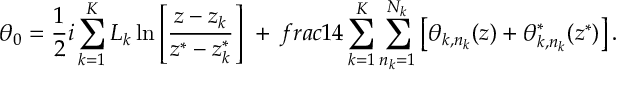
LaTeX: \theta _ { 0 } = \frac { 1 } { 2 } i \sum _ { k = 1 } ^ { K } L _ { k } \ln \left[ \frac { z - z _ { k } } { z ^ { * } - z _ { k } ^ { * } } \right] \ + \, f r a c { 1 } { 4 } \sum _ { k = 1 } ^ { K } \sum _ { n _ { k } = 1 } ^ { N _ { k } } \left[ \theta _ { k , n _ { k } } ( z ) + \theta _ { k , n _ { k } } ^ { * } ( z ^ { * } ) \right] .